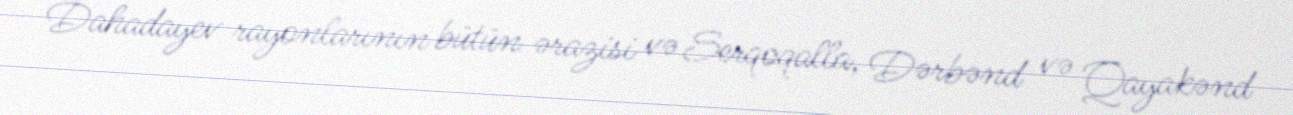
Dahadayev rayonlarının bütün ərazisi və Serqoqalla, Dərbənd və Qayakənd